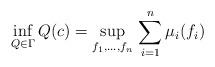
LaTeX: \begin{gather*}\inf_{Q\in\Gamma}Q(c)=\sup_{f_1,\ldots,f_n}\,\sum_{i=1}^n\mu_i(f_i)\end{gather*}